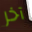
آخر